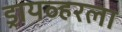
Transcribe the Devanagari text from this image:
ड्रायव्हरला